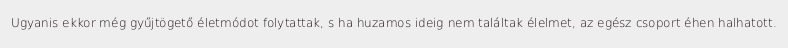
Ugyanis ekkor még gyűjtögető életmódot folytattak, s ha huzamos ideig nem találtak élelmet, az egész csoport éhen halhatott.